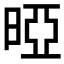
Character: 𰖐